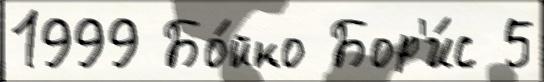
1999 Бо́йко Бор'и́с 5